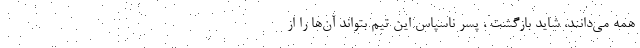
همه می‌دانند، شاید بازگشت ، پسر ناسپاس این تیم بتواند آن‌ها را از